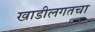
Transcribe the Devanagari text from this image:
खाडीलगतचा